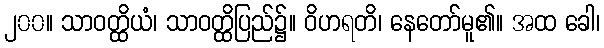
၂၀၀။ သာဝတ္ထိယံ၊ သာဝတ္ထိပြည်၌။ ဝိဟရတိ၊ နေတော်မူ၏။ အထ ခေါ၊